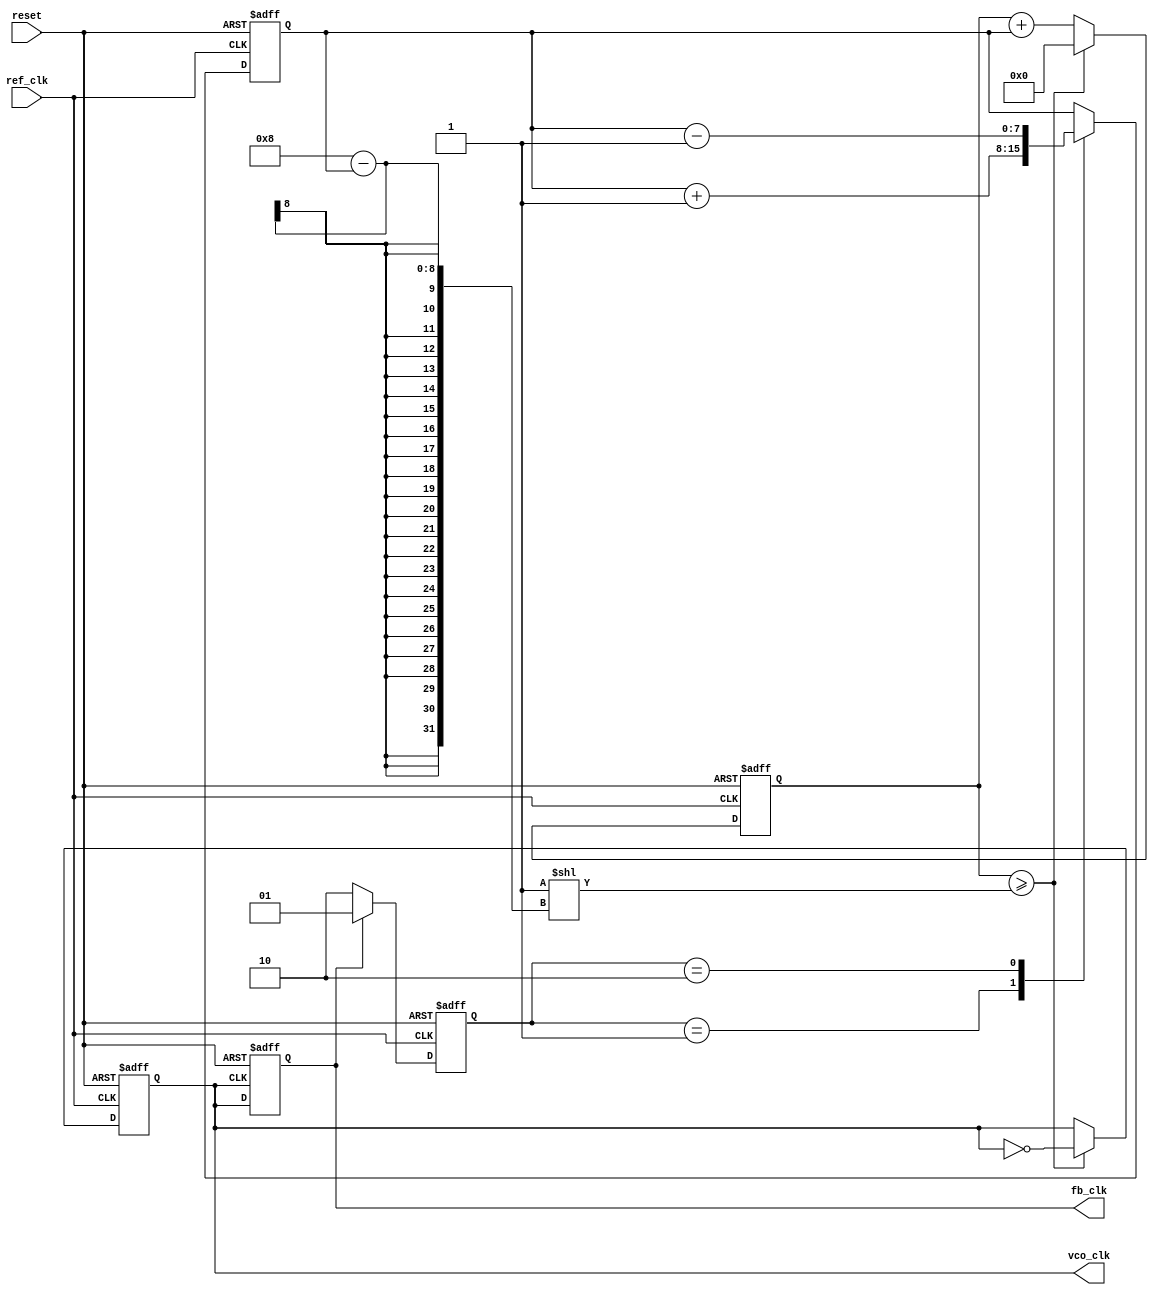
module high_performance_pll (
    input wire ref_clk,          // Reference clock input
    input wire reset,           // Asynchronous reset
    output reg vco_clk,         // Output clock signal
    output reg fb_clk           // Feedback clock signal
);

    // Parameters for the divider
    parameter DIV_RATIO = 4;    // Example divider ratio

    // Internal signals
    reg [1:0] phase_error;      // Phase error signal from PD
    reg [7:0] vco_ctrl;         // Control voltage for VCO (simplified)
    reg [7:0] loop_filter_out;  // Output of the loop filter
    reg [31:0] vco_counter;     // VCO counter for clock generation

    // Phase Detector (PD)
    always @(posedge ref_clk or posedge reset) begin
        if (reset) begin
            phase_error <= 2'b00; // Reset phase error
        end else begin
            // Simple phase detector logic
            // Assuming fb_clk is available at the same frequency as ref_clk
            if (fb_clk) begin
                phase_error <= 2'b01; // Feedback clock is leading
            end else begin
                phase_error <= 2'b10; // Feedback clock is lagging
            end
        end
    end

    // Loop Filter (simplified)
    always @(posedge ref_clk or posedge reset) begin
        if (reset) begin
            loop_filter_out <= 8'b0; // Reset loop filter output
        end else begin
            // Simple proportional filter logic
            case (phase_error)
                2'b01: loop_filter_out <= loop_filter_out + 1; // Increase control voltage
                2'b10: loop_filter_out <= loop_filter_out - 1; // Decrease control voltage
                default: loop_filter_out <= loop_filter_out; // Hold
            endcase
        end
    end

    // Voltage-Controlled Oscillator (VCO)
    always @(posedge ref_clk or posedge reset) begin
        if (reset) begin
            vco_counter <= 32'b0; // Reset VCO counter
            vco_clk <= 1'b0;      // Reset VCO clock
        end else begin
            // Adjust VCO frequency based on control voltage
            vco_counter <= vco_counter + loop_filter_out;
            if (vco_counter >= (1 << (8 - loop_filter_out))) begin
                vco_clk <= ~vco_clk; // Toggle VCO clock
                vco_counter <= 32'b0; // Reset counter
            end
        end
    end

    // Feedback Divider
    always @(posedge vco_clk or posedge reset) begin
        if (reset) begin
            fb_clk <= 1'b0; // Reset feedback clock
        end else begin
            fb_clk <= vco_clk; // Directly use VCO clock as feedback clock
        end
    end

endmodule